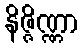
နိဇ္ဇိဏ္ဏာ